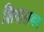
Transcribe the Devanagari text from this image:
शिवालयम